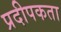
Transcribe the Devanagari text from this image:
प्रदीपकता